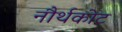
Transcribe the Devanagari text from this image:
नौर्थकोट